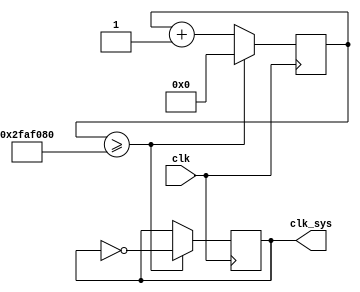
`timescale 1ns / 1ps
//////////////////////////////////////////////////////////////////////////////////
// Company: 
// Engineer: 
// 
// Design Name: 
// Module Name: clk
// Project Name: 
// Target Devices: 
// Tool Versions: 
// Description: 
// 
// Dependencies: 
// 
// Revision:
// Revision 0.01 - File Created
// Additional Comments:
// 
//////////////////////////////////////////////////////////////////////////////////


module clk_div( clk,            //100MHz 
clk_sys        //1Hz 
);
input clk; 
output clk_sys; 
 
reg clk_sys = 0;
 reg [25:0]  div_counter = 0; 
 
always @(posedge clk) begin if(div_counter>=50000000) begin clk_sys<=~clk_sys; div_counter<=0; end else begin div_counter <= div_counter + 1; end end 
endmodule